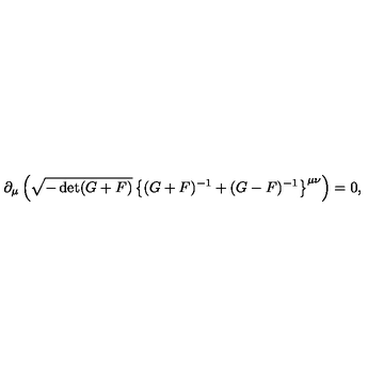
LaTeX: \partial _ { \mu } \left( \sqrt { - \det ( G + F ) } \left\{ ( G + F ) ^ { - 1 } + ( G - F ) ^ { - 1 } \right\} ^ { \mu \nu } \right) = 0 ,